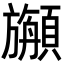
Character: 𩕇